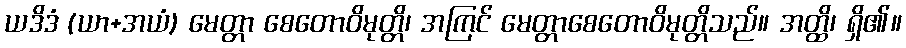
ယဒိဒံ (ယာ+အယံ) မေတ္တာ စေတောဝိမုတ္တိ၊ အကြင် မေတ္တာစေတောဝိမုတ္တိသည်။ အတ္ထိ၊ ရှိ၏။